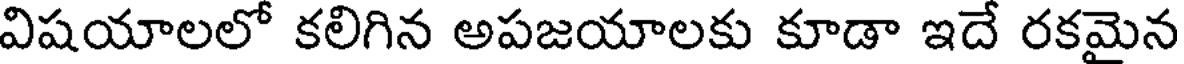
విషయాలలో కలిగిన అపజయాలకు కూడా ఇదే రకమైన